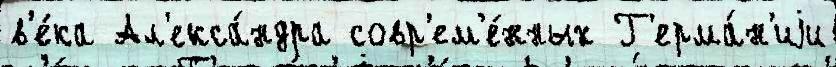
в'е́ка Ал'екса́ндра совр'ем'е́нных Г'ерма́н'иjи